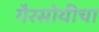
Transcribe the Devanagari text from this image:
गैरसोयीचा